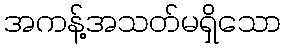
အကန့်အသတ်မရှိသော